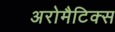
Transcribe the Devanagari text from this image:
अरोमैटिक्स